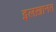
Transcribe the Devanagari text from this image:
इलख़ानत